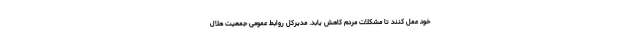
خود عمل کنند تا مشکلات مردم کاهش یابد. مدیرکل روابط عمومی جمعیت هلال